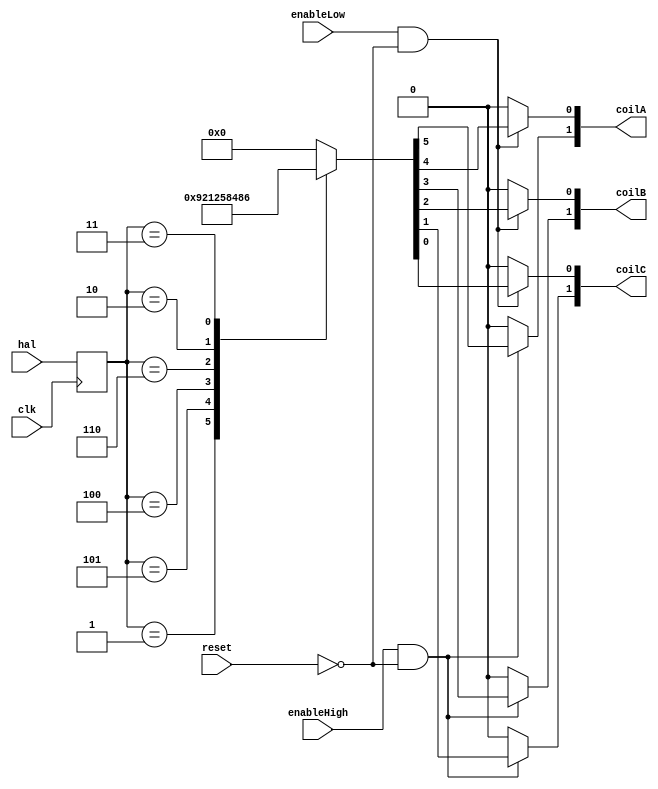
/* BLDC motor driver           */
/* Author: Renze Nicolai       */
/* Date: 25-11-2018            */

`timescale 1 ps / 1 ps
`default_nettype none

module bldc (
	input  wire       clk,          //Input from the system clock
	input  wire       reset,        //Reset input (active high)
	input  wire       enableHigh,   //High side enable input
	input  wire       enableLow,    //Low side enable input
	input  wire [2:0] hal,          //Input from HAL sensors
	output wire [1:0] coilA,        //Output to the MOSFETs of coil A
	output wire [1:0] coilB,        //Output to the MOSFETs of coil B
	output wire [1:0] coilC         //Output to the MOSFETs of coil C
	);
		
	function [5:0] fnCoils;
	input [2:0] hal;
	begin
		case (hal)
		//     abc                112233
		//                        hlhlhl
			3'b001:  fnCoils = 6'b100100;
			3'b101:  fnCoils = 6'b100001;
			3'b100:  fnCoils = 6'b001001;
			3'b110:  fnCoils = 6'b011000;
			3'b010:  fnCoils = 6'b010010;
			3'b011:  fnCoils = 6'b000110;
			default: fnCoils = 6'b000000;
		endcase
	end
	endfunction
	
	reg [2:0] halReg;
	always @(posedge clk) begin
		halReg <= hal;
	end
		
	wire [5:0] coils = fnCoils(halReg);
	assign coilA[1] = (enableHigh && (!reset)) ? coils[5] : 1'b0;
	assign coilA[0] = (enableLow  && (!reset)) ? coils[4] : 1'b0;
	assign coilB[1] = (enableHigh && (!reset)) ? coils[3] : 1'b0;
	assign coilB[0] = (enableLow  && (!reset)) ? coils[2] : 1'b0;
	assign coilC[1] = (enableHigh && (!reset)) ? coils[1] : 1'b0;
	assign coilC[0] = (enableLow  && (!reset)) ? coils[0] : 1'b0;
		
endmodule

`resetall